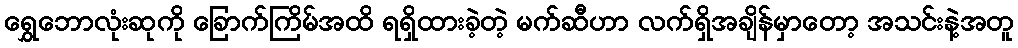
ရွှေဘောလုံးဆုကို ခြောက်ကြိမ်အထိ ရရှိထားခဲ့တဲ့ မက်ဆီဟာ လက်ရှိအချိန်မှာတော့ အသင်းနဲ့အတူ